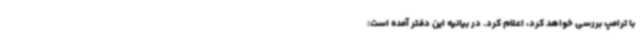
با ترامپ بررسی خواهد کرد، اعلام کرد. در بیانیه این دفتر آمده است: